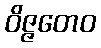
ဝိဇ္ဇတေဝ